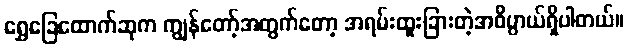
ရွှေခြေထောက်ဆုက ကျွန်တော့်အတွက်တော့ အရမ်းထူးခြားတဲ့အဓိပ္ပာယ်ရှိပါတယ်။